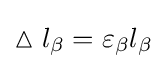
\vartriangle l_{\beta }=\varepsilon _{\beta }l_{\beta }